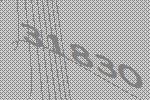
31830